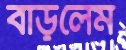
বাড়লেম